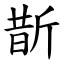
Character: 斮